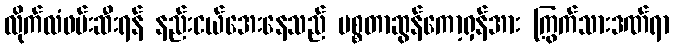
လိုက်လံဖမ်းဆီးရန် နည်းငယ်အေးနေသည် မစ္စတာဆွန်ကော့ရှန်အား ကြွက်သားဒဏ်ရာ